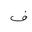
Letter: _fa